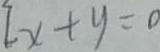
L x + y = 0